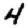
Digit: 4